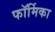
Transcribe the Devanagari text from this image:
फॉर्मिका